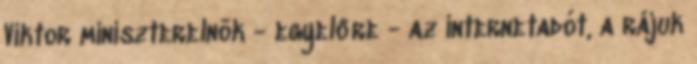
Viktor miniszterelnök - egyelőre - az internetadót, a rájuk